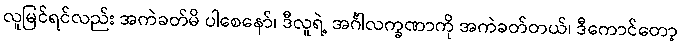
လူမြင်ရင်လည်း အကဲခတ်မိ ပါစေနော်၊ ဒီလူရဲ့ အင်္ဂါလက္ခဏာကို အကဲခတ်တယ်၊ ဒီကောင်တော့